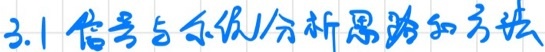
3.1 信号与系统分析思路和方法